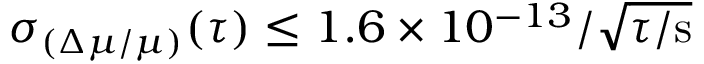
\sigma _ { ( \Delta \mu / \mu ) } ( \tau ) \le 1 . 6 \times 1 0 ^ { - 1 3 } / \sqrt { \tau / \mathrm { s } }